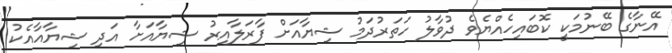
އޭނާގެ ބޭނުމަކީ ކޮބައިހެއްޔެވެ ދުވާލު ހަތަރުދަމު ޝިޔާއަށް ފާރަލާއިރު ޝިޔާއަށާ އަދި ޝިޔާއާއެކު